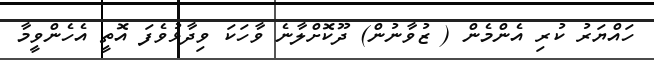
ހައްޔަރު ކުރި އެންމެން ( ޒުވާނުން) ދޫކޮށްލާނެ ވާހަކަ ވިދާޅުވެފަ އޮތީ އެހެންވީމާ